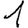
Digit: 1